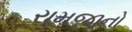
રામજીનો